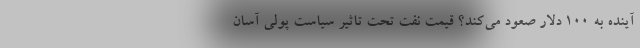
آینده به ۱۰۰ دلار صعود می‌کند؟ قیمت نفت تحت تاثیر سیاست پولی آسان